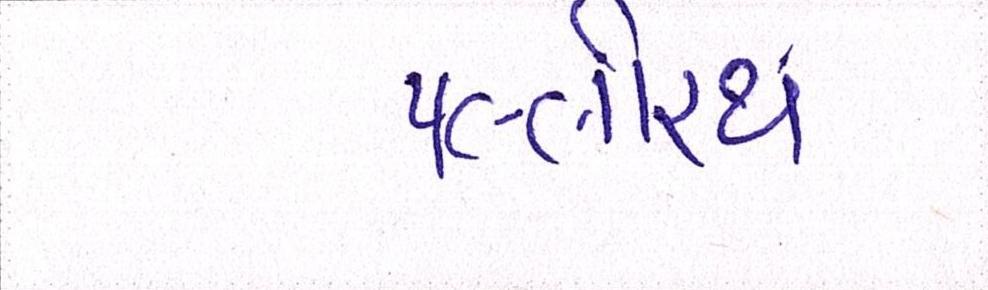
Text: પલ્લીરથ